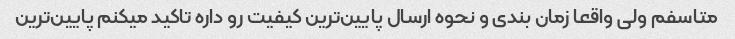
متاسفم ولی واقعا زمان بندی و نحوه ارسال پایین‌ترین کیفیت رو داره تاکید میکنم پایین‌ترین